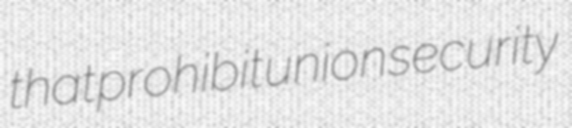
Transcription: that prohibit union security